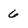
Character: 6